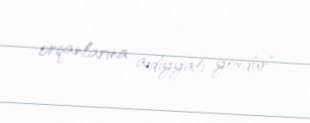
orqanlarına aidiyyatı yoxdur”.